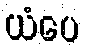
ယံပေ